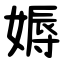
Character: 媷